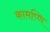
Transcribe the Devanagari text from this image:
कामप्णि